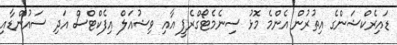
ޑައިރެކްޝަންގެ އިތުރުން އެންމެ މޮޅު ސިނެމެޓޯގްރެފީ އާއި ވިޝުއަލް އިފެކްޓްސް އަދި ސައުންޑާއި